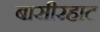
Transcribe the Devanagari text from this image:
बासीरहाट